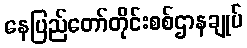
နေပြည်တော်တိုင်းစစ်ဌာနချုပ်